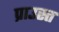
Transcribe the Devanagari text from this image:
प्राउस्त